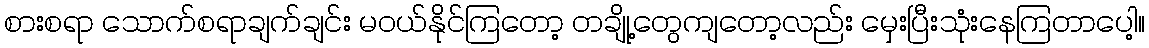
စားစရာ သောက်စရာချက်ချင်း မဝယ်နိုင်ကြတော့ တချို့တွေကျတော့လည်း မှေးပြီးသုံးနေကြတာပေါ့။